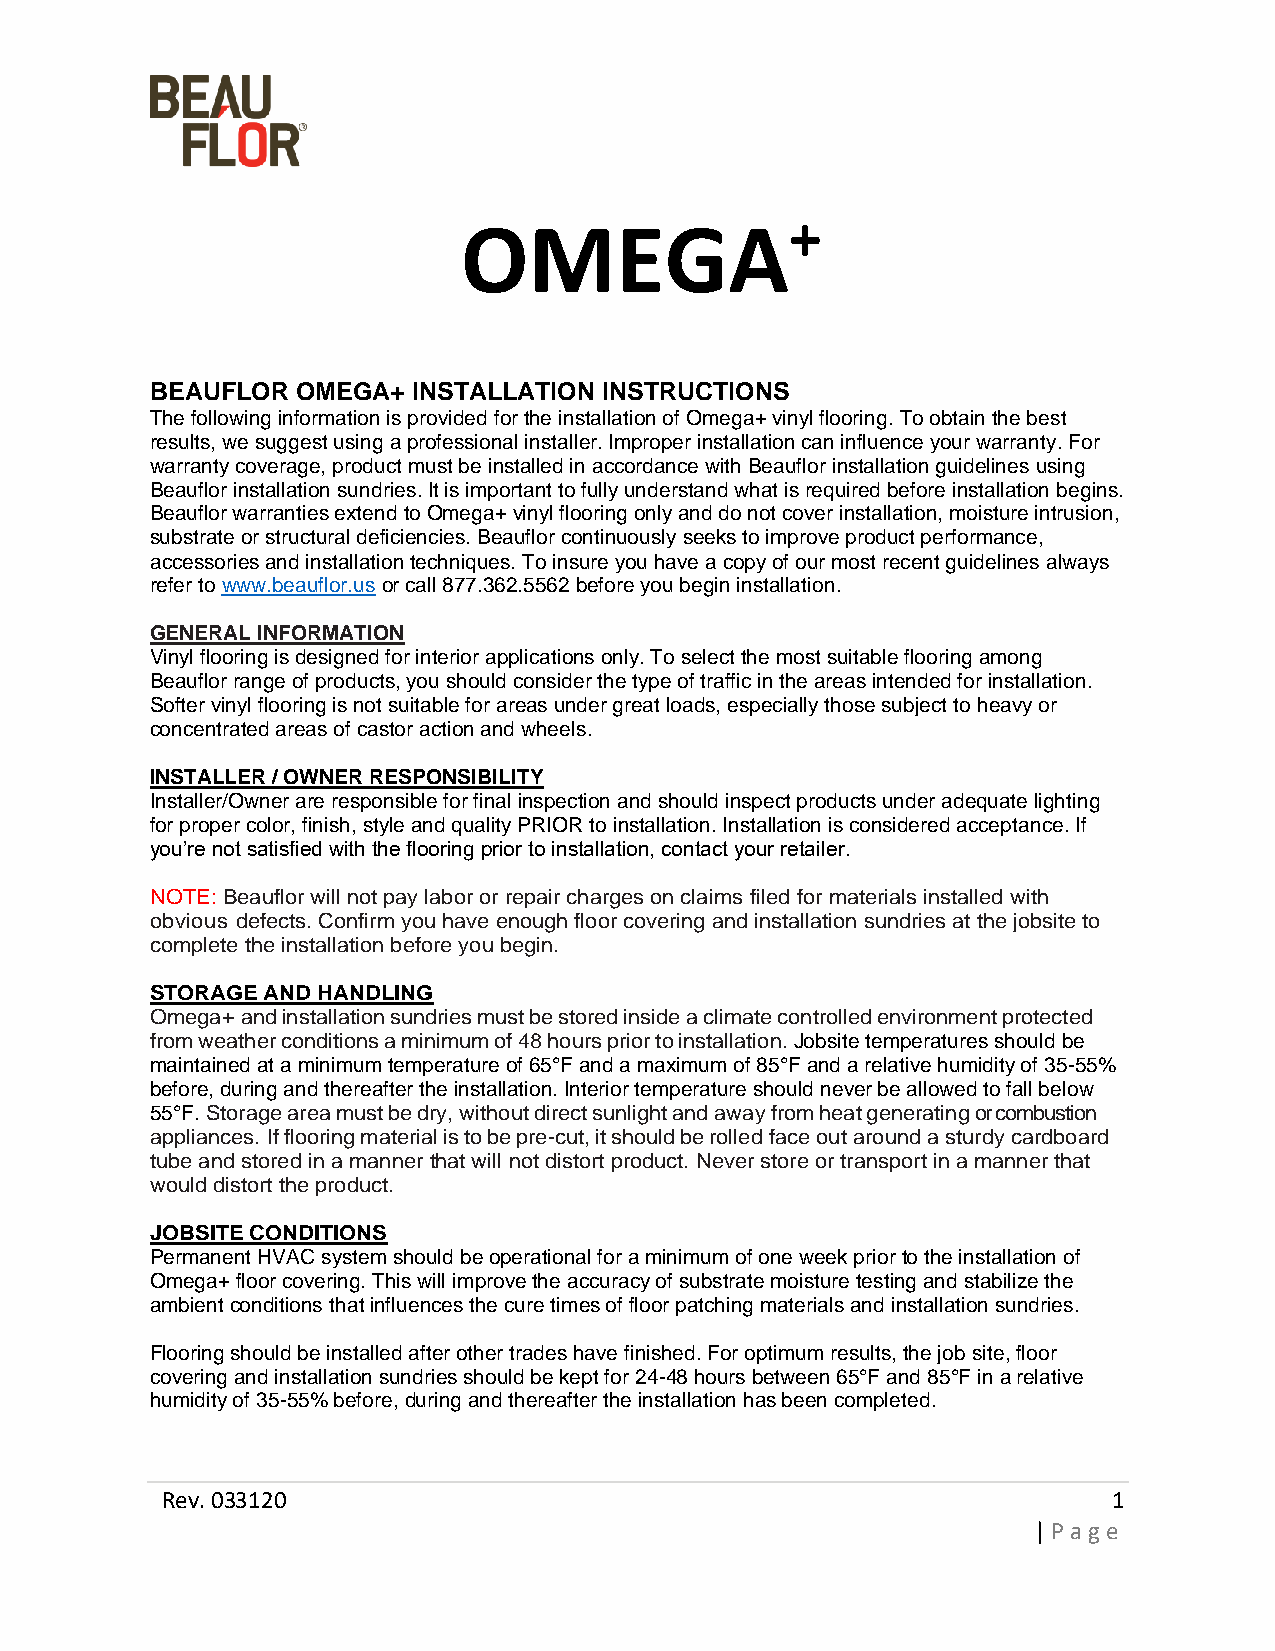
+
 OMEGA
 BEAUFLOR  OMEGA+ INSTALLATION INSTRUCTIONS
 The following information is provided for the installation of Omega+ vinyl flooring. To obtain the best
 results, we suggest using a professional installer. Improper installation can influence your warranty. For
 warranty coverage, product must be installed in accordance with Beauflor installation guidelines using
 Beauflor installation sundries. It is important to fully understand what is required before installation begins.
 Beauflor warranties extend to Omega+ vinyl flooring only and do not cover installation, moisture intrusion,
 substrate or structural deficiencies. Beauflor continuously seeks to improve product performance,
 accessories and installation techniques. To insure you have a copy of our most recent guidelines always
 refer to www.beauflor.us or call 877.362.5562 before you begin installation.
 GENERAL INFORMATION
 Vinyl flooring is designed for interior applications only. To select the most suitable flooring among
 Beauflor range of products, you should consider the type of traffic in the areas intended for installation.
 Softer vinyl flooring is not suitable for areas under great loads, especially those subject to heavy or
 concentrated areas of castor action and wheels.
 INSTALLER / OWNER RESPONSIBILITY
 Installer/Owner are responsible for final inspection and should inspect products under adequate lighting
 for proper color, finish, style and quality PRIOR to installation. Installation is considered acceptance. If
 you’re not satisfied with the flooring prior to installation, contact your retailer.
 NOTE: Beauflor will not pay labor or repair charges on claims filed for materials installed with
 obvious defects. Confirm you have enough floor covering and installation sundries at the jobsite to
 complete the installation before you begin.
 STORAGE AND HANDLING
 Omega+ and installation sundries must be stored inside a climate controlled environment protected
 from weather conditions a minimum of 48 hours prior to installation. Jobsite temperatures should be
 maintained at a minimum temperature of 65°F and a maximum of 85°F and a relative humidity of 35-55%
 before, during and thereafter the installation. Interior temperature should never be allowed to fall below
 55°F. Storage area must be dry, without direct sunlight and away from heat generating or combustion
 appliances. If flooring material is to be pre-cut, it should be rolled face out around a sturdy cardboard
 tube and stored in a manner that will not distort product. Never store or transport in a manner that
 would distort the product.
 JOBSITE CONDITIONS
 Permanent HVAC system should be operational for a minimum of one week prior to the installation of
 Omega+ floor covering. This will improve the accuracy of substrate moisture testing and stabilize the
 ambient conditions that influences the cure times of floor patching materials and installation sundries.
 Flooring should be installed after other trades have finished. For optimum results, the job site, floor
 covering and installation sundries should be kept for 24-48 hours between 65°F and 85°F in a relative
 humidity of 35-55% before, during and thereafter the installation has been completed.
 Rev. 033120                                                    1
 | Page